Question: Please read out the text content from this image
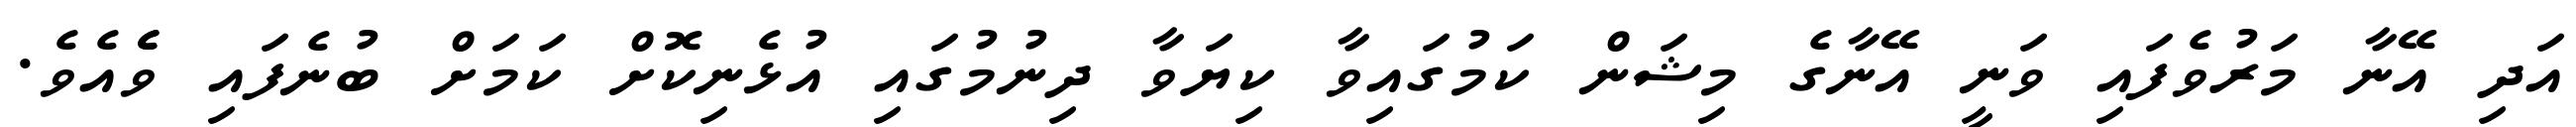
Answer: އަދި އޭނާ މަރުވެފައި ވަނީ އޭނާގެ މިޝަން ކަމުގައިވާ ކިޔަވާ ދިނުމުގައި އުޅެނިކޮށް ކަމަށް ބުނެފައި ވެެއެވެ.